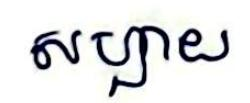
សប្បាយ